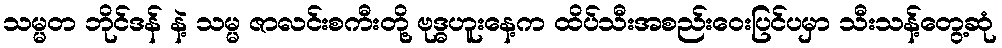
သမ္မတ ဘိုင်ဒန် နဲ့ သမ္မ ဇာလင်းစကီးတို့ ဗုဒ္ဓဟူးနေ့က ထိပ်သီးအစည်းဝေးပြင်ပမှာ သီးသန့်တွေ့ဆုံ